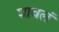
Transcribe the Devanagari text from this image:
घावलं